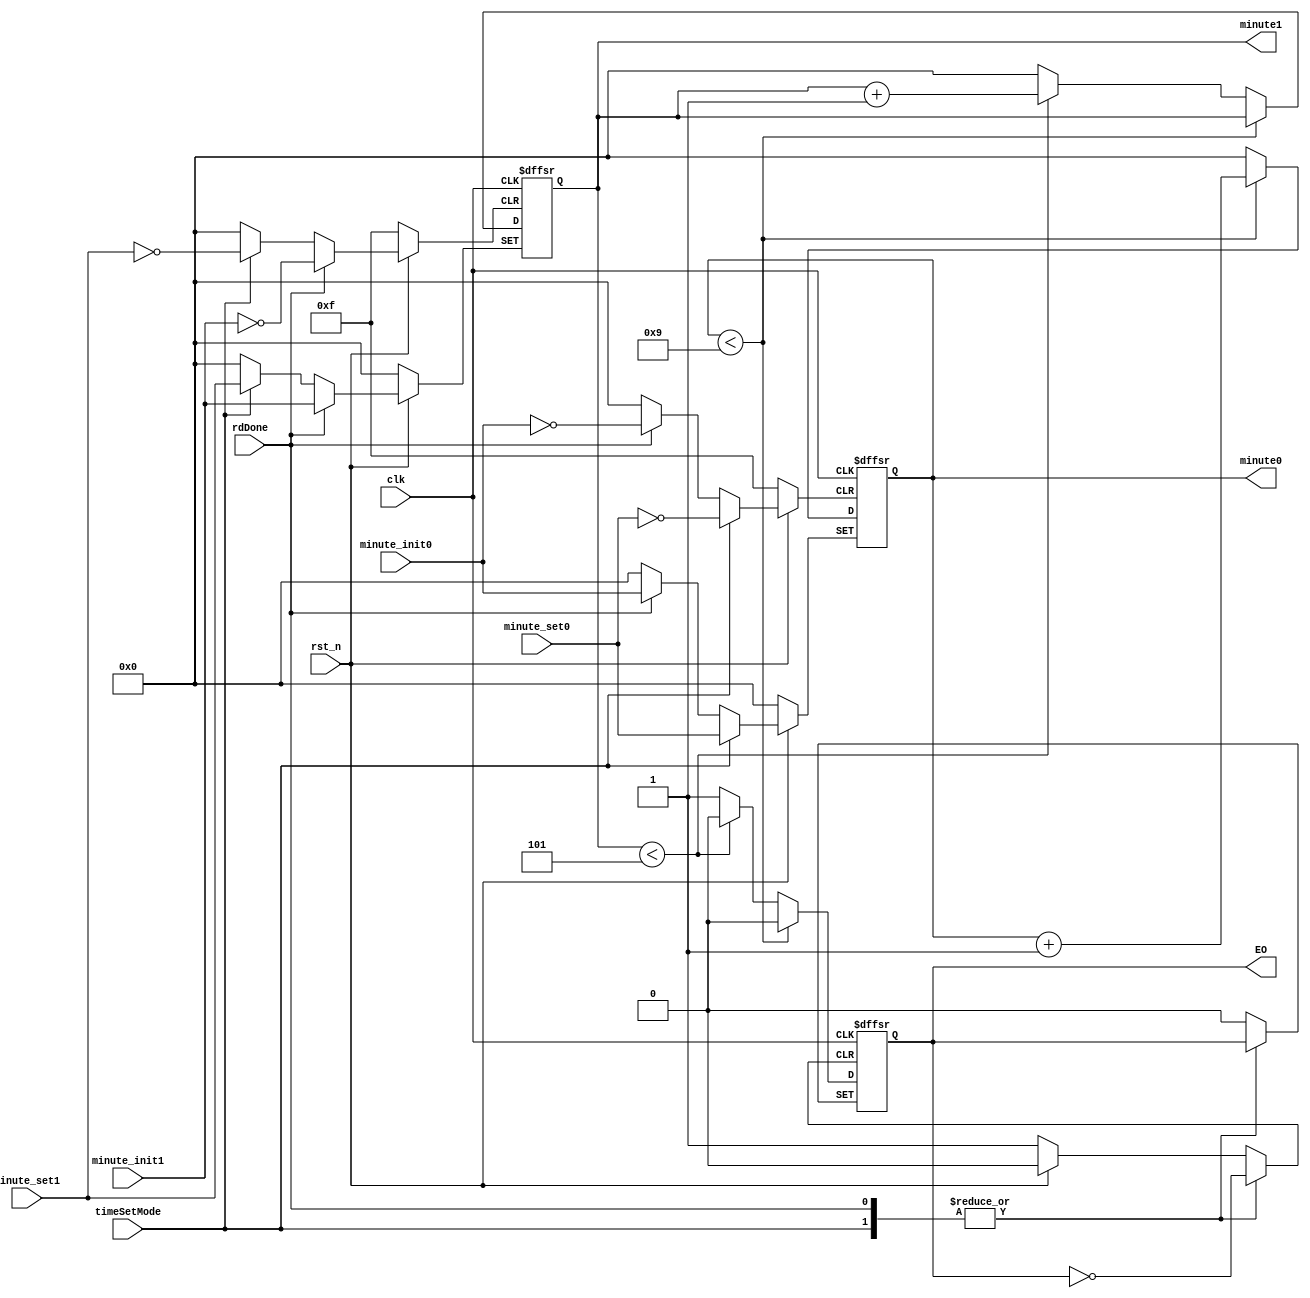
`timescale 1ns / 1ps
//////////////////////////////////////////////////////////////////////////////////
// Company: 
// Engineer: 
// 
// Design Name: 
// Module Name:    minCounter 
// Project Name: 
// Target Devices: 
// Tool versions: 
// Description: 
//
// Dependencies: 
//
// Revision: 
// Revision 0.01 - File Created
// Additional Comments: 
//
//////////////////////////////////////////////////////////////////////////////////

module minCounter(
	rst_n,//
	clk,//
	rdDone,//
	timeSetMode,//
	minute_set1,//
	minute_set0,//
	minute_init1,//
	minute_init0,//
	minute1,//
	minute0,//
	EO);//
	input  		 clk,rst_n, rdDone;
	input 		 timeSetMode;
	input  [3:0] minute_set1, minute_set0, minute_init0, minute_init1;
	output [3:0] minute1,minute0;
	output 		 EO;    
	reg 	 [3:0] minute1,minute0;
	reg 			 EO;
	
	always @(posedge clk or negedge rst_n or posedge timeSetMode or posedge rdDone)   
	begin   
	if (!rst_n)//   
		begin
			minute1 <= 4'd0;
			minute0 <= 4'd0;
			EO      <= 1'd0;
		end
		else
		 begin
			if (rdDone)// 
			begin
				minute1 <= minute_init1;
				minute0 <= minute_init0;
			end
			else if (timeSetMode)// 
			begin 
				minute1 <= minute_set1;
				minute0 <= minute_set0;
			end
			else
			begin 
			if(minute0 < 4'b1001)//b1001 = 9 9  0 
				begin 
					minute0 <= minute0 + 4'b1;
					EO <= 1'b0;
				end
				else
				begin
					EO <= 1'b0;
					minute0 <= 4'b0;
					if(minute1 < 4'b0101)//b0101 = 5 5  
						minute1 <= minute1 + 4'b1;
					else//  0 
					begin
						minute1 <= 4'b0;
						EO <= 1'b1;
					end
				end
			end
		end
	end
endmodule